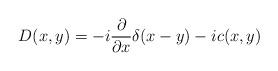
LaTeX: \begin{align*}D(x,y)=-i\frac{\partial }{\partial x}\delta (x-y)-ic(x,y)\end{align*}